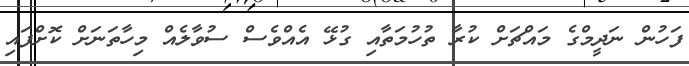
ފަހުން ނަދީމްގެ މައްޗަށް ކުރާ ތުހުމަތާއި ގުޅޭ އެއްވެސް ސުވާލެއް މިހާތަނަށް ކޮށްފައި